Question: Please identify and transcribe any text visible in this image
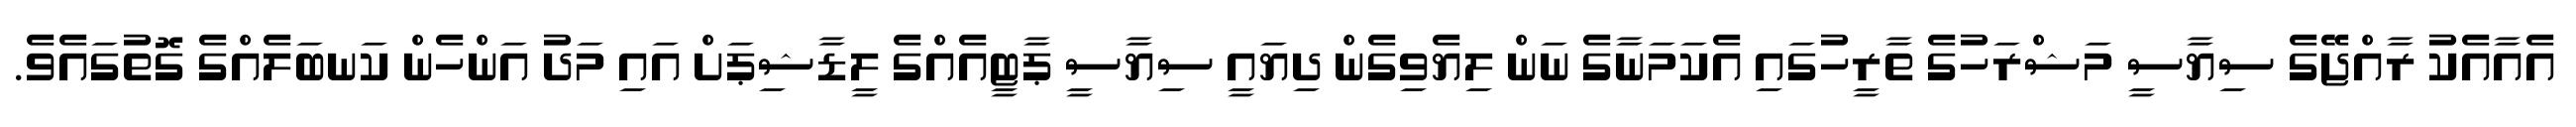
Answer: އެއާއެކު ރާއްޖޭގެ ސިޔާސީ މަޝްރަހުގެ ތާރީހުގައި އެކަމަނާގެ ނަން ލިޔެވިގެން ދިޔައީ ސިޔާސީ ޕާޓީއެއްގެ ލީޑާޝިޕަށް އައި މަދު އަންހެން ކަނބަލެއްގެ ގޮތުގައެވެ.